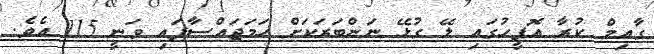
ގާއިމް ކުރާ އޮފީހުގައި ލޭ ގުޅޭ ނަންބަރަކަށް ހަމަޖައްސާފައި ވަނީ 115 އެވެ.